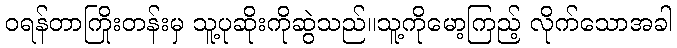
ဝရန်တာကြိုးတန်းမှ သူ့ပုဆိုးကိုဆွဲသည်။သူ့ကိုမော့ကြည့် လိုက်သောအခါ